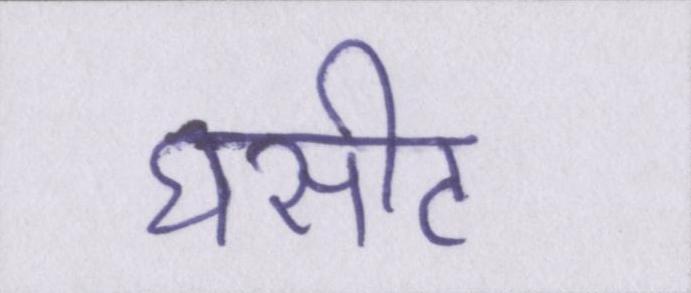
घसीट